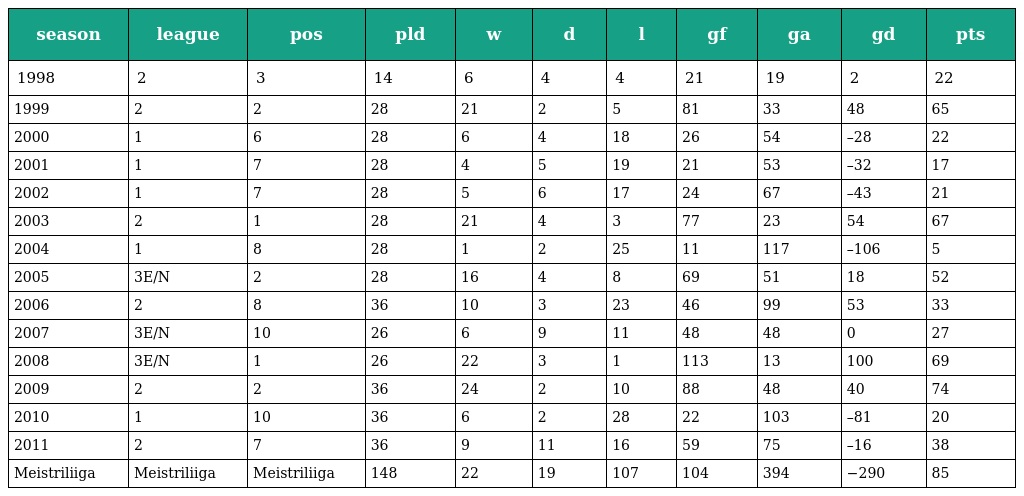
| season | league | pos | pld | w | d | l | gf | ga | gd | pts |
 | --- | --- | --- | --- | --- | --- | --- | --- | --- | --- | --- |
 | 1998 | 2 | 3 | 14 | 6 | 4 | 4 | 21 | 19 | 2 | 22 |
 | 1999 | 2 | 2 | 28 | 21 | 2 | 5 | 81 | 33 | 48 | 65 |
 | 2000 | 1 | 6 | 28 | 6 | 4 | 18 | 26 | 54 | –28 | 22 |
 | 2001 | 1 | 7 | 28 | 4 | 5 | 19 | 21 | 53 | –32 | 17 |
 | 2002 | 1 | 7 | 28 | 5 | 6 | 17 | 24 | 67 | –43 | 21 |
 | 2003 | 2 | 1 | 28 | 21 | 4 | 3 | 77 | 23 | 54 | 67 |
 | 2004 | 1 | 8 | 28 | 1 | 2 | 25 | 11 | 117 | –106 | 5 |
 | 2005 | 3E/N | 2 | 28 | 16 | 4 | 8 | 69 | 51 | 18 | 52 |
 | 2006 | 2 | 8 | 36 | 10 | 3 | 23 | 46 | 99 | 53 | 33 |
 | 2007 | 3E/N | 10 | 26 | 6 | 9 | 11 | 48 | 48 | 0 | 27 |
 | 2008 | 3E/N | 1 | 26 | 22 | 3 | 1 | 113 | 13 | 100 | 69 |
 | 2009 | 2 | 2 | 36 | 24 | 2 | 10 | 88 | 48 | 40 | 74 |
 | 2010 | 1 | 10 | 36 | 6 | 2 | 28 | 22 | 103 | –81 | 20 |
 | 2011 | 2 | 7 | 36 | 9 | 11 | 16 | 59 | 75 | –16 | 38 |
 | Meistriliiga | Meistriliiga | Meistriliiga | 148 | 22 | 19 | 107 | 104 | 394 | −290 | 85 |